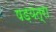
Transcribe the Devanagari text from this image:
षड़यंत्रा